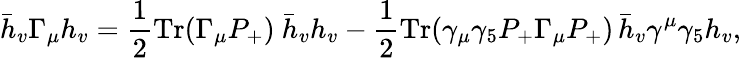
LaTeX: \bar{h}_{v}\Gamma_{\mu}h_{v}=\frac{1}{2}\mathrm{Tr}(\Gamma_{\mu}P_{+})\ \bar{h}_{v}h_{v}-\frac{1}{2}\mathrm{Tr}(\gamma_{\mu}\gamma_{5}P_{+}\Gamma_{\mu}P_{+})\, \bar{h}_{v}\gamma^{\mu}\gamma_{5}h_{v},